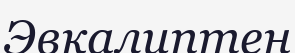
Эвкалиптен